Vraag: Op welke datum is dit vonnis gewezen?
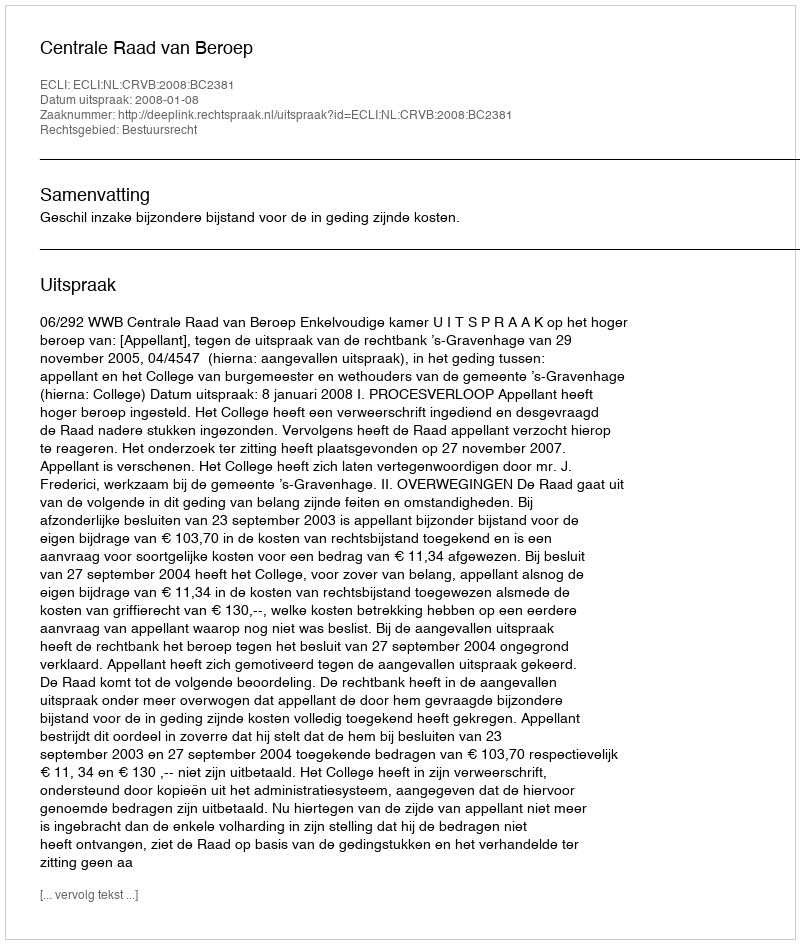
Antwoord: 2008-01-08